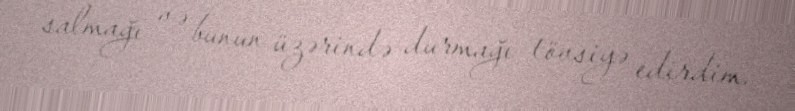
salmağı və bunun üzərində durmağı tövsiyə edirdim.